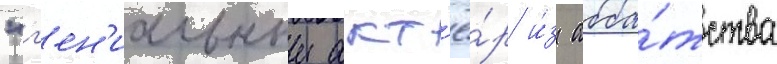
"г'ен'иальныи акт'ё́р и́з абба́тства